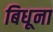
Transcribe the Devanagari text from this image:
बिधूना